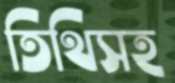
তিথিসহ